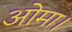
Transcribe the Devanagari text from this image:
ओमा।